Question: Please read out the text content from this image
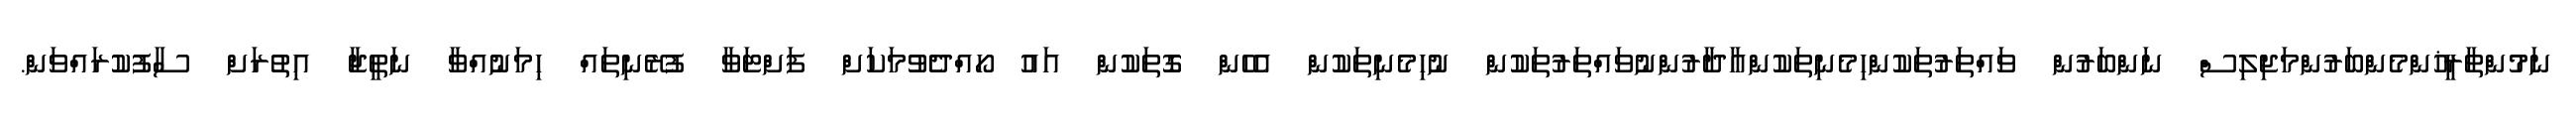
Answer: ނަމުންތާރީޚުންމެންބަރުންމަޖިލިސް ނަންބަރުން ވައްތަރުތަކުންހިމެނިތަކުންއާދާރުންނުވައްތަރުތަކުން ނުހިމެނިތަކުން އެހެން ގޮތަކުން އައު ހޯއްދެވުމަކަށް ފަށްޓަވާ ފުރޭނިތައް ހިމަނުއްވާ ނަތީޖާ އިތުރަށް ސާފުކުރައްވަން.